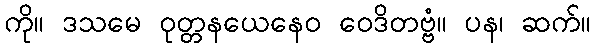
ကို။ ဒသမေ ဝုတ္တနယေနေဝ ဝေဒိတဗ္ဗံ။ ပန၊ ဆက်။